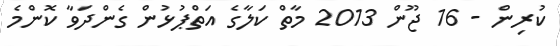
ކުރިން - 16 ޖޫން 2013 މާތް ކަލާގެ އަތްޕުޅުން ގެންދަވާ ކޮންމެ